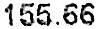
155.66